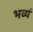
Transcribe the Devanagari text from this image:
भव्यं